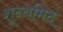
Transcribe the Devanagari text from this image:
शून्यमिदं